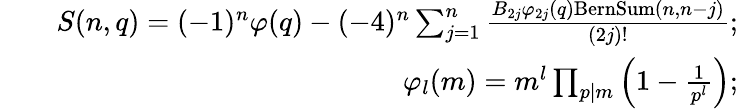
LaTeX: \begin{array}{rlr}&{}&{S(n,q)=(-1)^{n}\varphi(q)-(-4)^{n}\sum_{j=1}^{n}\frac{B_{2j}\varphi_{2j}(q)\mathrm{BernSum}(n,n-j)}{(2j)!};}\\ &{}&{\varphi_{l}(m)=m^{l}\prod_{p|m}\left(1-\frac{1}{p^{l}}\right);}\end{array}